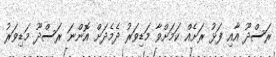
ރަސްދޫ އާއި ފަޅު ރަށެއް ކަމަށްވާ މަޑިވަރު ދެމެދަށް އޮންނަ ރަސްދޫ މަޑިވަރު